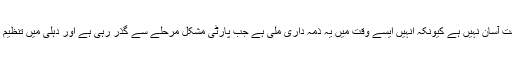
تاہم 51سالہ اجے ماکن کیلئے یہ ذمہ داری بہت آسان نہیں ہے کیونکہ انہیں ایسے وقت میں یہ ذمہ داری ملی ہے جب پارٹی مشکل مرحلے سے گذر رہی ہے اور دہلی میں تنظیم کو کھڑاکرنا ان کیلئے چیلنج سے کم نہیں ہے۔